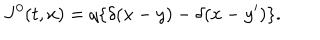
LaTeX: J ^ { 0 } ( t , x ) = q \{ \delta ( x - y ) - \delta ( x - y ^ { \prime } ) \} .